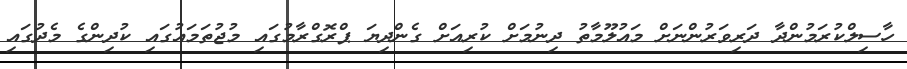
ހާސިލްކުރަމުންދާ ދަރިވަރުންނަށް މައުލޫމާތު ދިނުމަށް ކުރިއަށް ގެންދިޔަ ޕްރޮގްރާމުގައި މުޖުތަމައުގައި ކުދިންގެ މެދުގައި